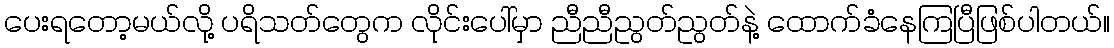
ပေးရတော့မယ်လို့ ပရိသတ်တွေက လိုင်းပေါ်မှာ ညီညီညွတ်ညွတ်နဲ့ ထောက်ခံနေကြပြီဖြစ်ပါတယ်။